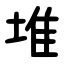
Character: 堆